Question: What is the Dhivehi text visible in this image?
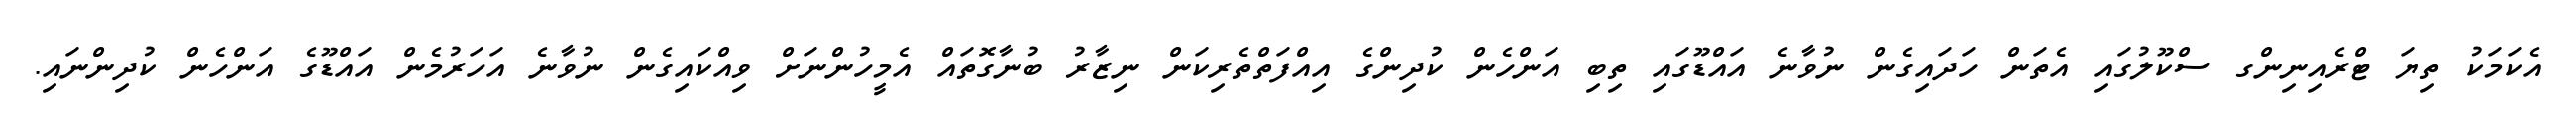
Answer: އެކަމަކު ތިޔަ ޓްރެއިނިންގ ސްކޫލުގައި އެތަން ހަދައިގެން ނުވާނެ އައްޑޫގައި ތިބި އަންހެން ކުދިންގެ އިއްފަތްތެރިކަން ނިޒާރު ބުނާގޮތައް އެމީހުންނަށް ވިއްކައިގެން ނުވާނެ އަހަރުމެން އައްޑޫގެ އަންހެން ކުދިންނައި.